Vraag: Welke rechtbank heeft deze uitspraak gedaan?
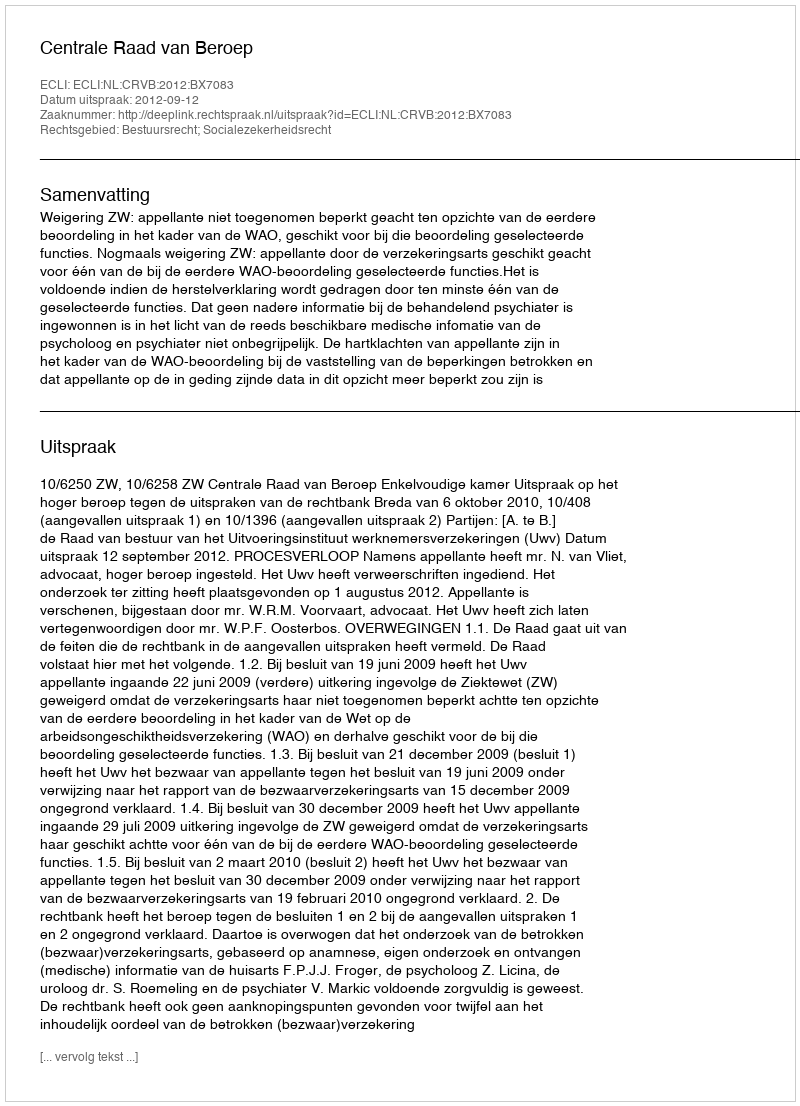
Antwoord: Centrale Raad van Beroep